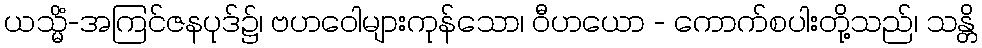
ယသ္မိံ-အကြင်ဇနပုဒ်၌၊ ဗဟဝေါများကုန်သော၊ ဝီဟယော - ကောက်စပါးတို့သည်၊ သန္တိ